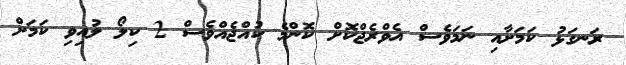
ރަނގަޅު ކަމަށާއި ނަމަވެސް އެވްރެޖްކޮށް ކޮންމެ ކުއްޖެއްވެސް 2 ކިލޯ ލުއިވި ކަމަށް